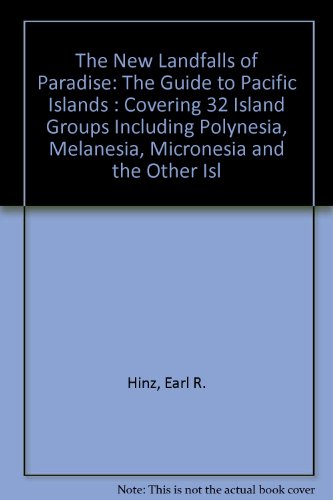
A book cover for The New Landfalls of Paradise: The Guide to Pacific Islands : Covering 32 Island Groups Including Polynesia, Melanesia, Micronesia and the Other Islands; Earl R. Hinz; Travel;